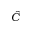
\hat { C }